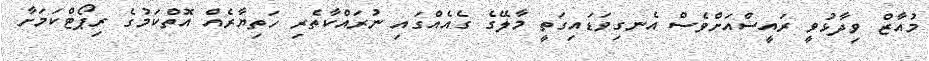
މުއާޒް ވިދާޅުވީ ރައީސްއަށްވެސް އެނގިވަޑައިގަތީ މާލޭގެ ގެއެއްގައި ނުރައްކާތެރި ހަތިޔާރެއް އޮތްކަމުގެ ރިޕޯޓްކަމަށާ